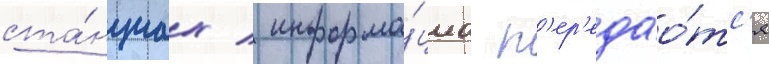
ста́нциах / информа́циа п'ер'едао́тс'я